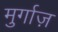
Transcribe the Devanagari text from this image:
मुर्गाज़